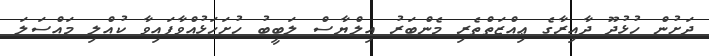
ދަށުން ހުޅުދޫ ދާއިރާގެ ޢިއްޒަތްތެރި މެންބަރު އިލްޔާސް ލަބީބު ހުށަހަޅުއްވާފައިވާ ކުއްލި މައްސަލަ